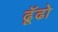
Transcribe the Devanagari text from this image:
ढॅूढो